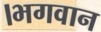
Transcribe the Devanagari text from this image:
।भगवान